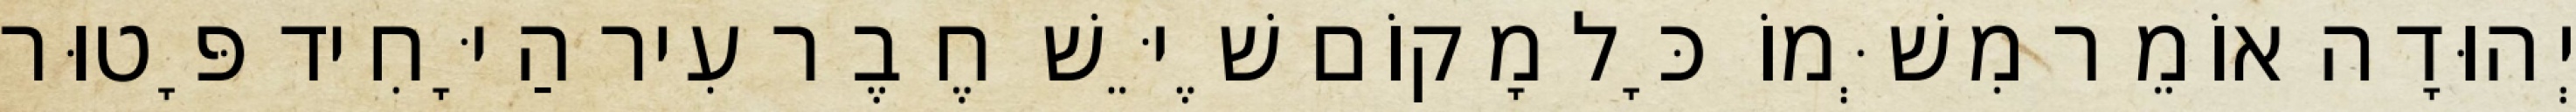
יְהוּדָה אוֹמֵר מִשְּׁמוֹ כָּל מָקוֹם שֶׁיֵּשׁ חֶבֶר עִיר הַיָּחִיד פָּטוּר